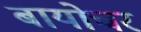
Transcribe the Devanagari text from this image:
बायोचर